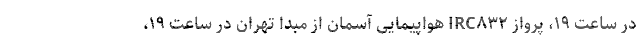
در ساعت ۱۹، پرواز IRC۸۳۲ هواپیمایی آسمان از مبدا تهران در ساعت ۱۹،